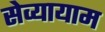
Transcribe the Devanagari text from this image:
सेव्यायाम